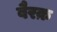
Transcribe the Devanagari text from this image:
बैरक़